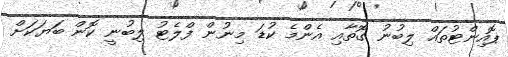
ޕޮއިންޓުތައް ލިބުނު ގޮތާއި އެންމެ ކުޑަ މިނުން ފްލެޓު ލިބުނީ ކޮން ބަޔަކަށް